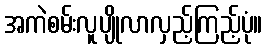
အကဲစမ်းလူပျိုလာလှည့်ကြည့်ပုံ။